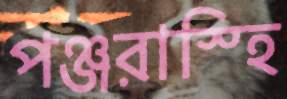
পঞ্জরাস্হি